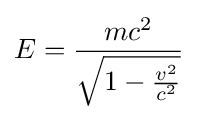
E={\frac {mc^{2}}{\sqrt {1-{\frac {v^{2}}{c^{2}}}}}}